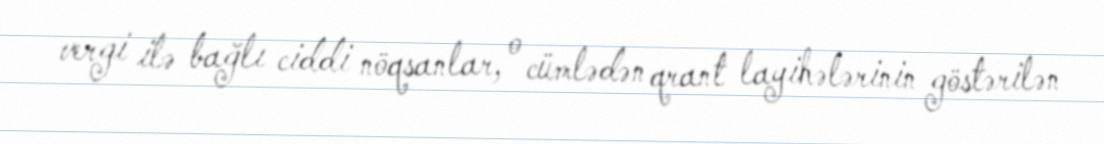
vergi ilə bağlı ciddi nöqsanlar, o cümlədən qrant layihələrinin göstərilən